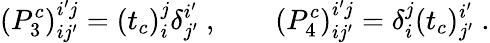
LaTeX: (P_{3}^{c})_{ij^{\prime}}^{i^{\prime}j}=(t_{c})_{i}^{j}\delta_{j^{\prime}}^{i^{\prime}}~,\qquad(P_{4}^{c})_{ij^{\prime}}^{i^{\prime}j}=\delta_{i}^{j}(t_{c})_{j^{\prime}}^{i^{\prime}}~.